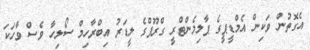
އެގޮތުން ވަކިން އެމްޑީޕީގެ ޕާލިމެންޓްރީ ގްރޫޕްގެ ލީޑަރު އިބްރާހިމް ސޯލިހާ ވެސް ވާހަކަ